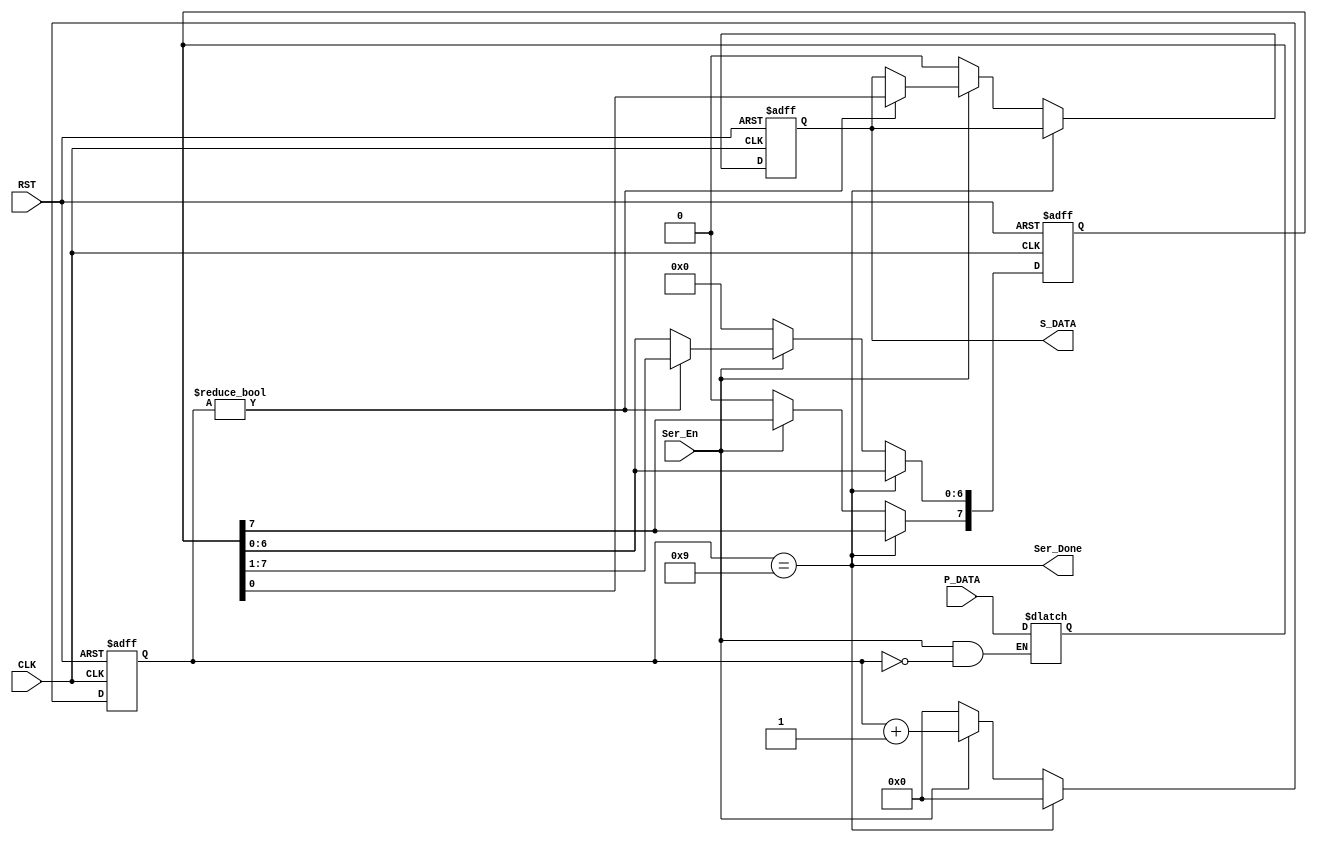
module UART_Tx_Serializer (
    input       wire       [7:0]        P_DATA,
    input       wire                    Ser_En,
    input       wire                    CLK,
    input       wire                    RST,
    output      wire                    Ser_Done,
    output      reg                     S_DATA
);

reg     [7:0]       Shift_Register;
reg     [3:0]       Counter;

always @ (posedge CLK or negedge RST)
    begin
        if (!RST)
            begin
                Shift_Register <= 8'b00000000;
                S_DATA <= 1'b0;
                Counter <= 0;
            end
        else
            begin
                if (Ser_Done)
                    Counter <= 0;
                else if (Ser_En)
                    begin
                        Counter <= Counter + 1; 
                        if (Counter != 0)
                        begin
                            {Shift_Register[6:0], S_DATA} <= Shift_Register;
                            //Shift_Register[7] <= 0;
                            //Counter <= Counter + 1; 
                        end
                    end
                
                
                else if (!Ser_En)
                    begin
                        Shift_Register <= 8'b00000000;
                        S_DATA <= 1'b0;
                        Counter <= 1'b0;
                    end
            end
    end

always @ (*)
    begin
        if (Ser_En && Counter == 0)
                    begin
                        Shift_Register = P_DATA;
                        //S_DATA = Shift_Register[0];
                        //Counter = Counter + 1;
                    end
    end

assign Ser_Done = (Counter == 4'b1001);



endmodule